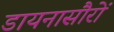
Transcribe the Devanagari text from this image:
डायनासौरों